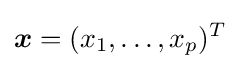
{\boldsymbol {x}}=(x_{1},\ldots ,x_{p})^{T}